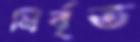
নির্বৃত